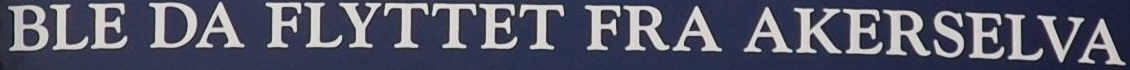
BLE DA FLYTTET FRA AKERSELVA